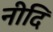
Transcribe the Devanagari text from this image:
नीदि